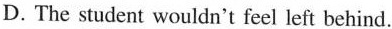
D. The student wouldn't feel left behind.